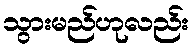
သွားမည်ဟုလည်း